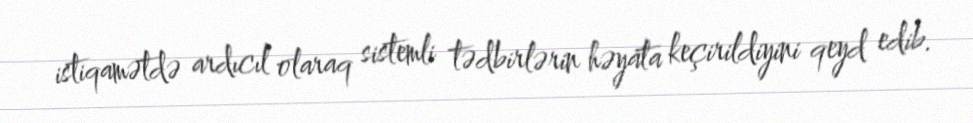
istiqamətdə ardıcıl olaraq sistemli tədbirlərin həyata keçirildiyini qeyd edib.